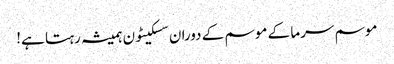
موسم سرما کے موسم کے دوران سسکیٹون ہمیشہ رہتا ہے!